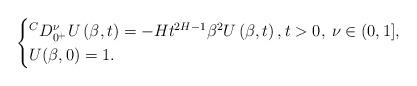
LaTeX: \begin{align*}\begin{cases}{}^C D_{0^+}^\nu U \left( \beta,t \right) =- H t^{2H-1} \beta^2 U \left( \beta, t \right),t>0, \: \nu \in (0,1], \\U (\beta,0)=1.\end{cases}\end{align*}